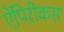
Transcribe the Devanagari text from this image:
ऐंपिरीकस